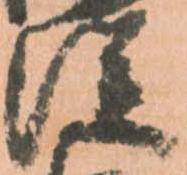
従